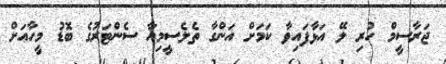
ޖަރާސީމް ހުރި ލޭ އަޅާފައިވާ ކަަމަށް އަންގާ ތެލެސީމިއާ ސެންޓަރުގެ ބޮޑު މީހާއަށް